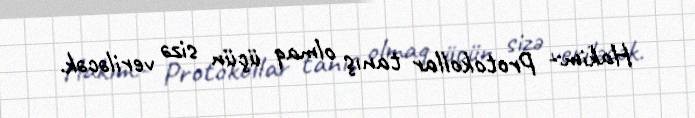
Hakim:- Protokollar tanış olmaq üçün sizə veriləcək.